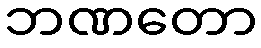
ဘဏတော